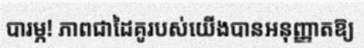
បារម្ភ! ភាពជាដៃគូរបស់យើងបានអនុញ្ញាតឱ្យ